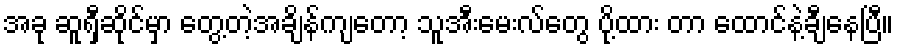
အခု ဆူရှီဆိုင်မှာ တွေ့တဲ့အချိန်ကျတော့ သူအီးမေးလ်တွေ ပို့ထား တာ ထောင်နဲ့ချီနေပြီ။